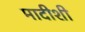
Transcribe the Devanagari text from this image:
मादीशी